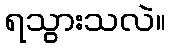
ရသွားသလဲ။